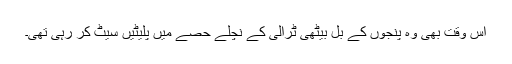
اس وقت بھی وہ پنجوں کے بل بیٹھی ٹرالی کے نچلے حصے میں پلیٹیں سیٹ کر رہی تھی۔